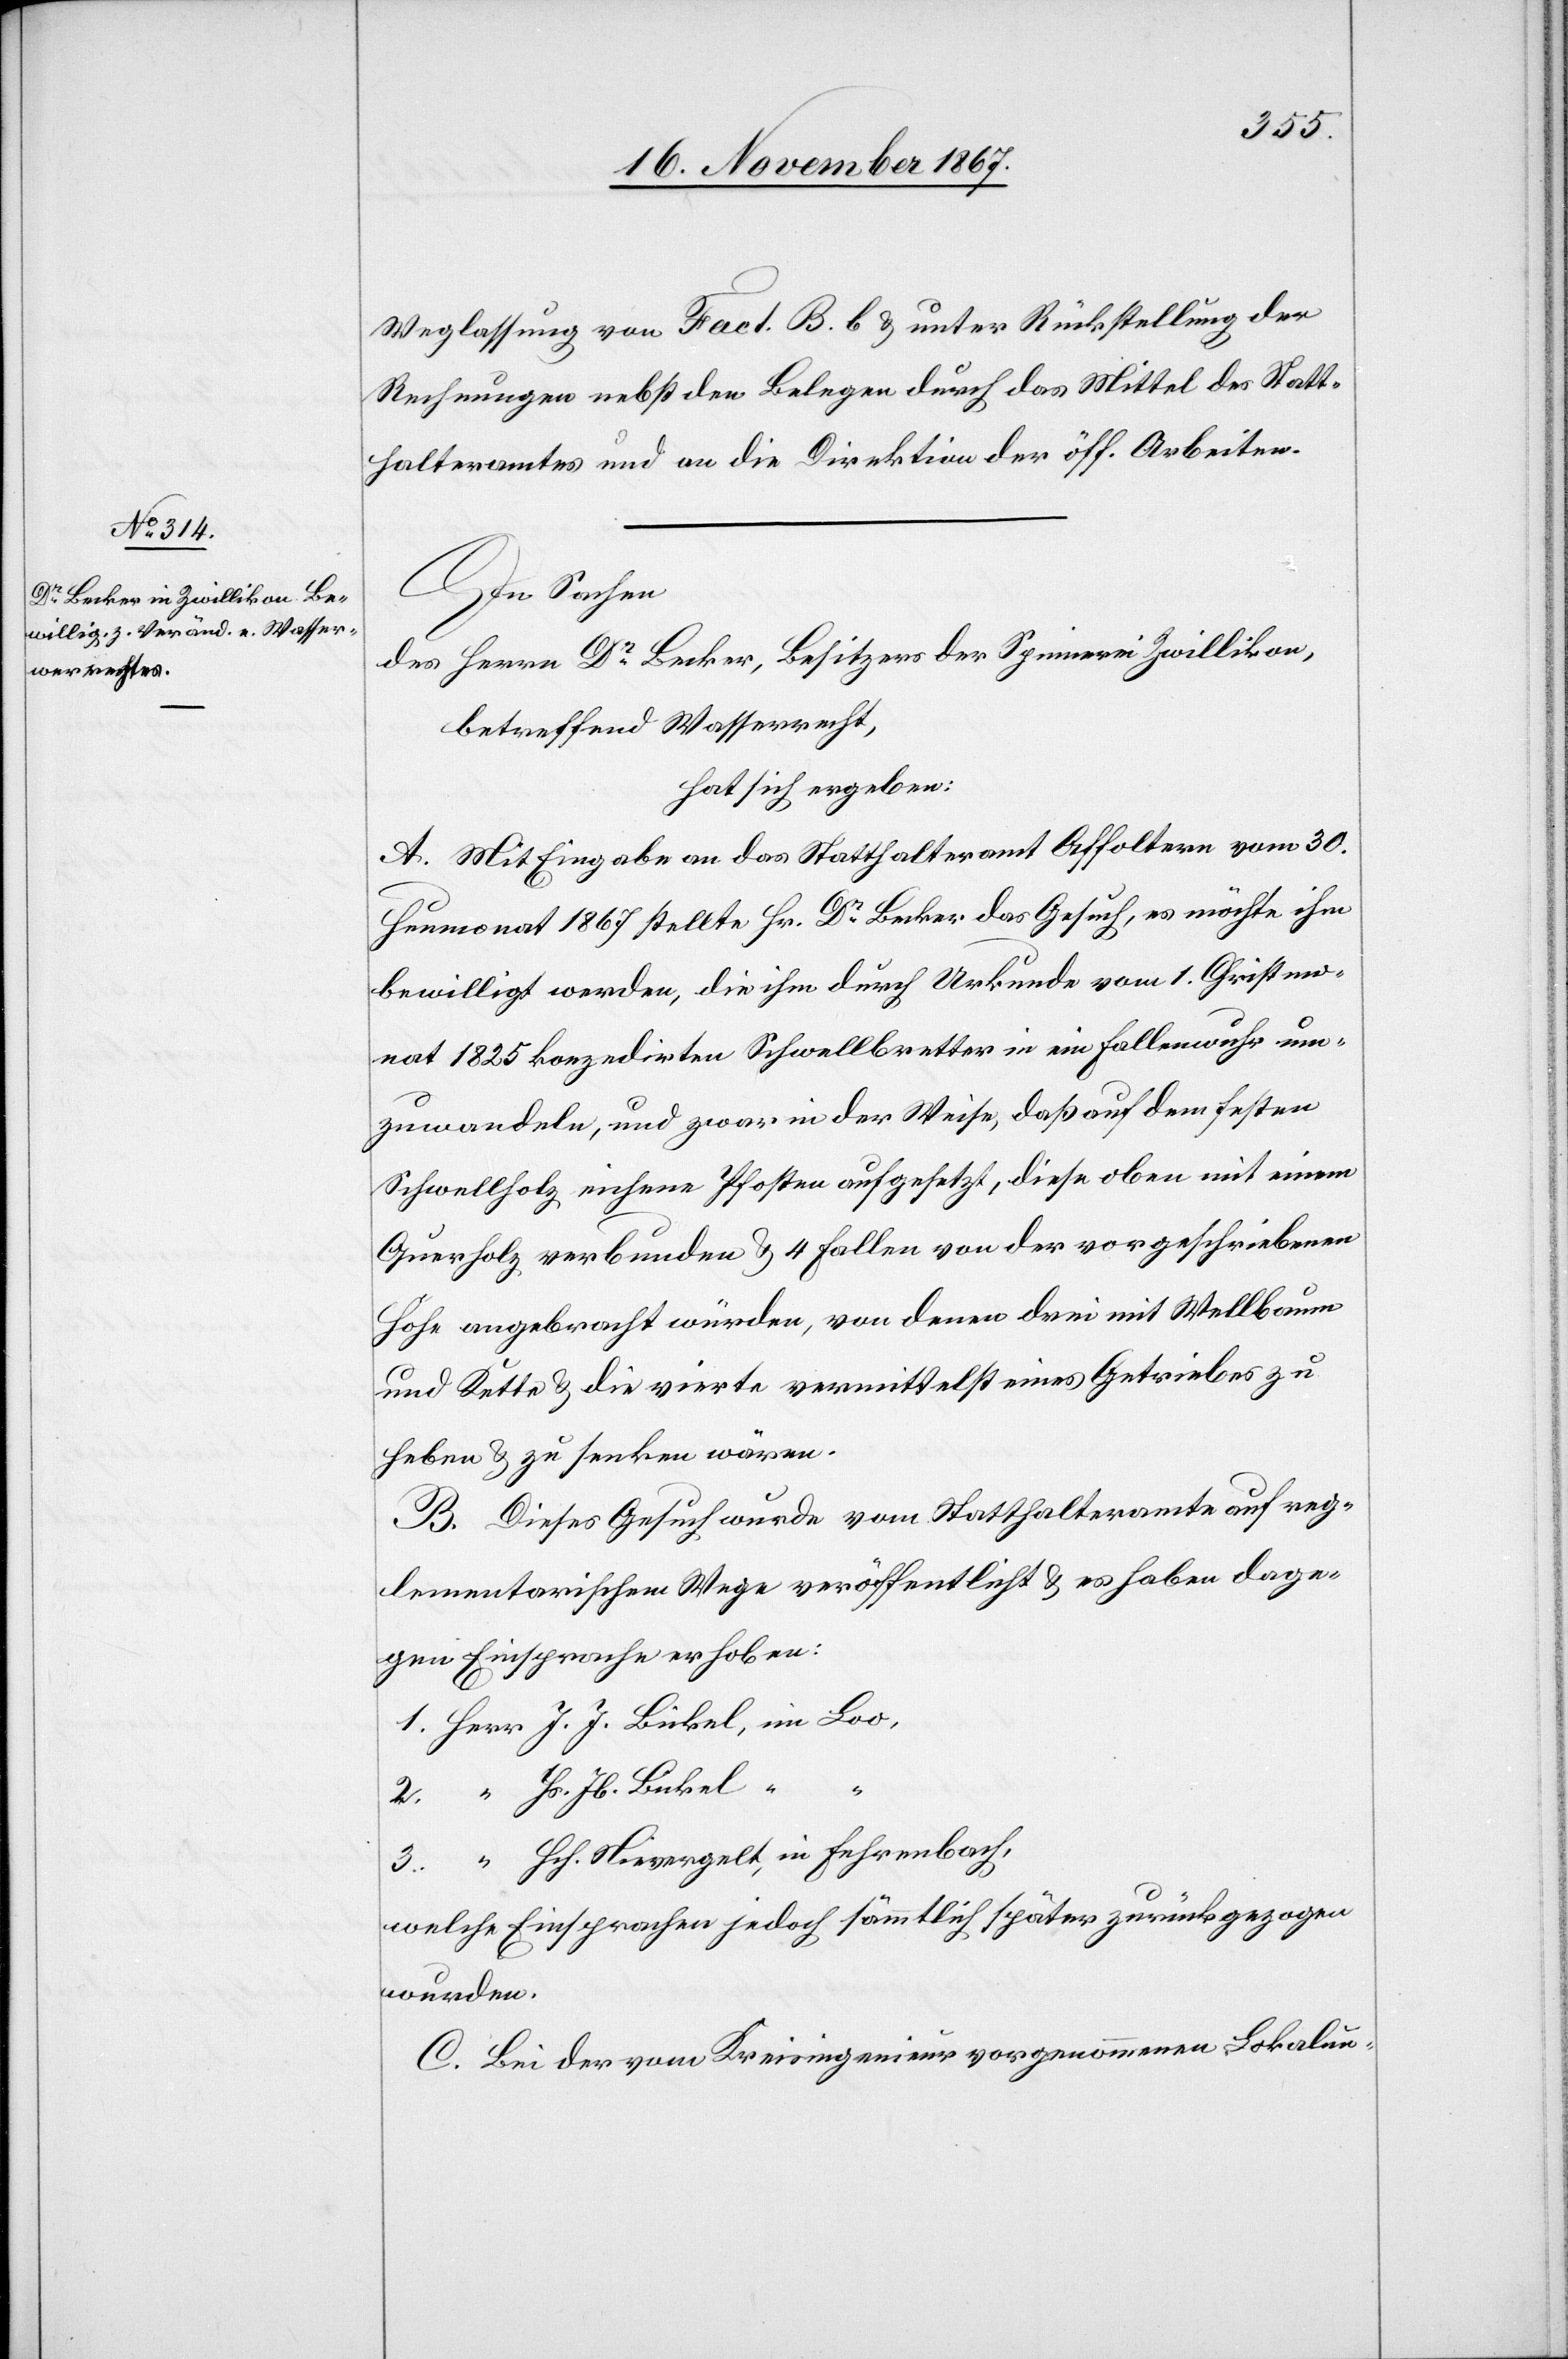
3.
Weglassung von Fact. B. b. u. unter Rückstellung der
Rechnungen nebst den Belegen durch das Mittel des Statt¬
halteramtes und an die Direktion der öff. Arbeiten.
Hs. Jb. Bickel,
des Herrn Dr. Becker, Besitzer der Spinnerei Zwillikon,
betreffend Wasserrecht,
hat sich ergeben:
A. Mit Eingabe an das Statthalteramt Affoltern vom 30.
Heumonat 1867 stellte Hr. Dr. Becker das Gesuch, es möchte ihm
bewilligt werden, die ihm durch Urkunde vom 1. Christmo¬
nat 1825 konzedirten Schwellbretter in ein Fallenwuhr um¬
zuwandeln, und zwar in der Weise, daß auf dem festen
Schwellholz eicherne Pfosten aufgesetzt, diese oben mit einem
Querholz verbunden u. 4 Fallen von der vorgeschriebenen
Höhe angebracht würden, von denen drei mit Wellbaum
und Kette u. die vierte vermittelst eines Getriebes zu
heben u. zu senken wären.
B. Dieses Gesuch wurde vom Statthalteramte auf reg¬
lementarischem Wege veröffentlicht u. es haben dage¬
gen Einsprache erhoben:
Hch. Nievergelt, in Fehrenbach,
welche Einsprachen jedoch sämmtlich später zurückgezogen
wurden.
C. Bei der vom Kreisingenieur vorgenommenen Lokalun-